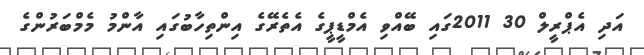
އަދި އެޕްރީލް 30 2011ގައި ބޭއްވި އެމްޑީޕީގެ އެތެރޭގެ އިންތިހާބުގައި އާންމު މެމްބަރުންގެ